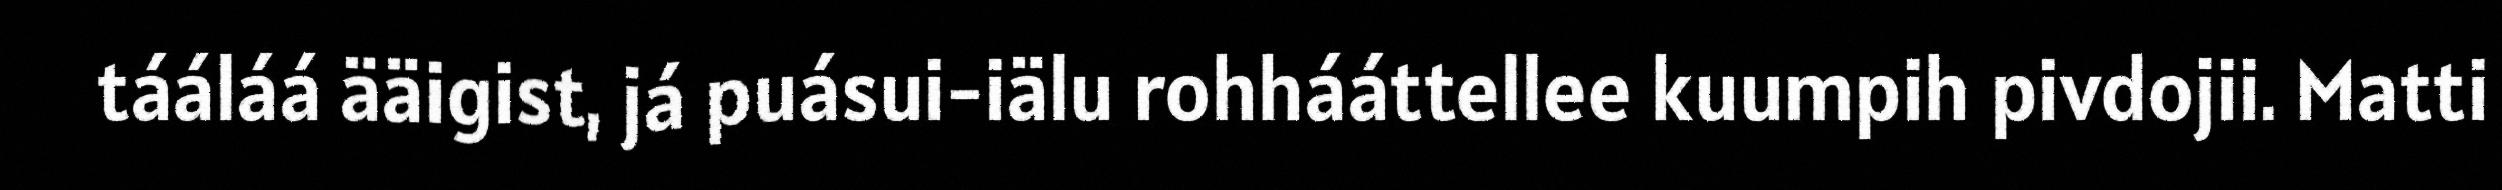
tááláá ääigist, já puásui-iälu rohhááttellee kuumpih pivdojii. Matti